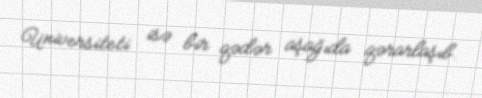
Universiteti isə bir qədər aşağıda qərarlaşıb.